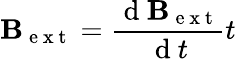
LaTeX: \mathbf{B}_{\mathrm{~e~x~t~}}=\frac{\mathrm{~d~}\mathbf{B}_{\mathrm{~e~x~t~}}}{\mathrm{~d~}t}t